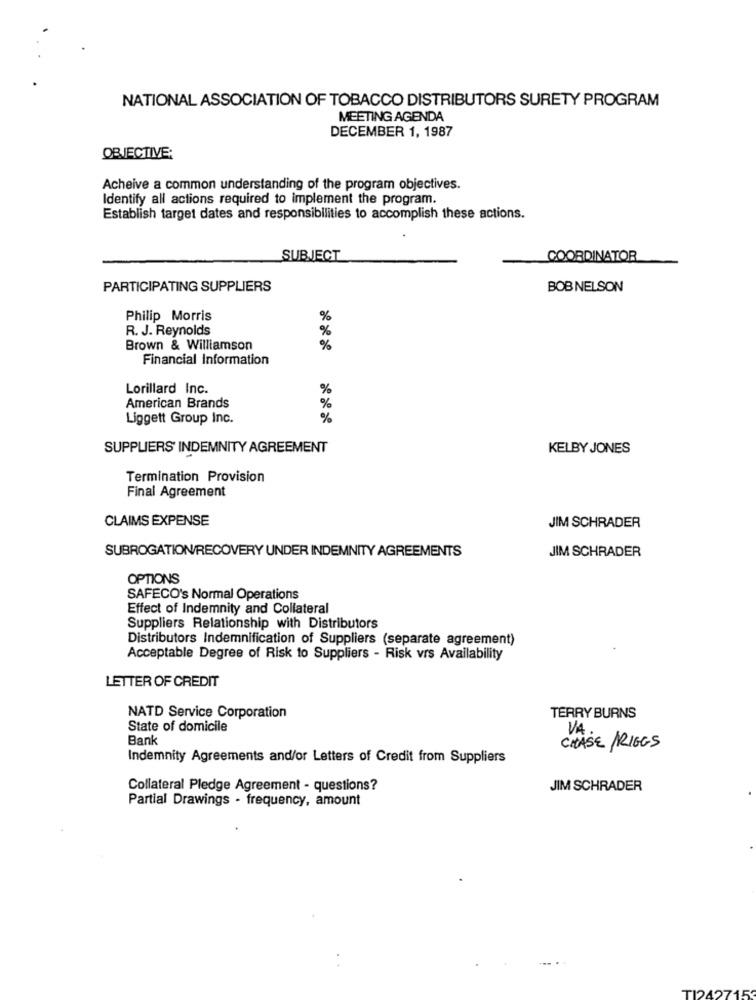
NATIONAL ASSOCIATION OF TOBACCO DISTRIBUTORS SURETY PROGRAM
MEETING AGENDA
DECEMBER 1, 1987
OBJECTIVE:
Acheive a common understanding of the program objectives.
Identify all actions required to implement the program.
Establish target dates and responsibilities to accomplish these actions.
SUBJECT
COORDINATOR
PARTICIPATING SUPPLIERS
BOB NELSON
Philip Morris
%
R. J. Reynolds
%
Brown & Williamson
%
Financial Information
Lorillard Inc.
%
American Brands
%
Liggett Group Inc.
%
SUPPLIERS INDEMNITY AGREEMENT
KELBY JONES
Termination Provision
Final Agreement
CLAIMS EXPENSE
JIM SCHRADER
SUBROGATION/RECOVERY UNDER INDEMNITY AGREEMENTS
JIM SCHRADER
OPTIONS
SAFECO's Normal Operations
Effect of Indemnity and Collateral
Suppliers Relationship with Distributors
Distributors Indemnification of Suppliers (separate agreement)
Acceptable Degree of Risk to Suppliers - Risk vrs Availability
LETTER OF CREDIT
NATD Service Corporation
TERRY BURNS
State of domicile
VA.
Bank
CHASE RIGGS
Indemnity Agreements and/or Letters of Credit from Suppliers
Collateral Pledge Agreement - questions?
JIM SCHRADER
Partial Drawings - frequency, amount
TI2427153